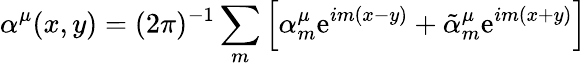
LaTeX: \alpha^{\mu}(x,y)=(2\pi)^{-1}\sum_{m}\left[\alpha_{m}^{\mu}\mathrm{e}^{im(x-y)}+\tilde{{\alpha}}_{m}^{\mu}\mathrm{e}^{im(x+y)}\right]